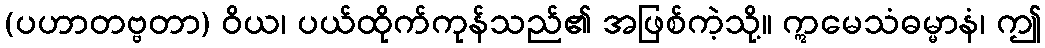
(ပဟာတဗ္ဗတာ) ဝိယ၊ ပယ်ထိုက်ကုန်သည်၏ အဖြစ်ကဲ့သို့။ ဣမေသံဓမ္မာနံ၊ ဤ